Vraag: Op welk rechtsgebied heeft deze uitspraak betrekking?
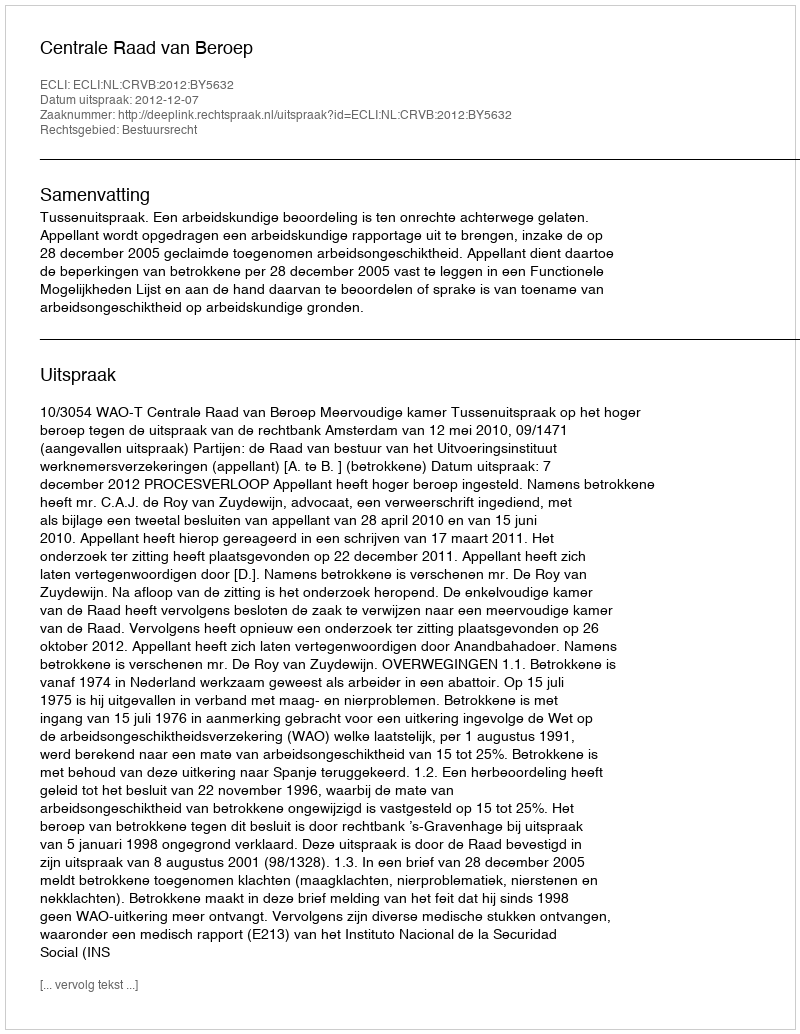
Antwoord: Bestuursrecht